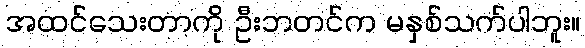
အထင်သေးတာကို ဦးဘတင်က မနှစ်သက်ပါဘူး။